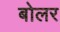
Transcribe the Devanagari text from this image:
बोलर